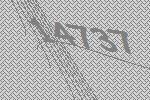
14737